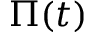
\Pi ( t )